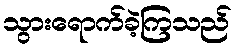
သွားရောက်ခဲ့ကြသည်